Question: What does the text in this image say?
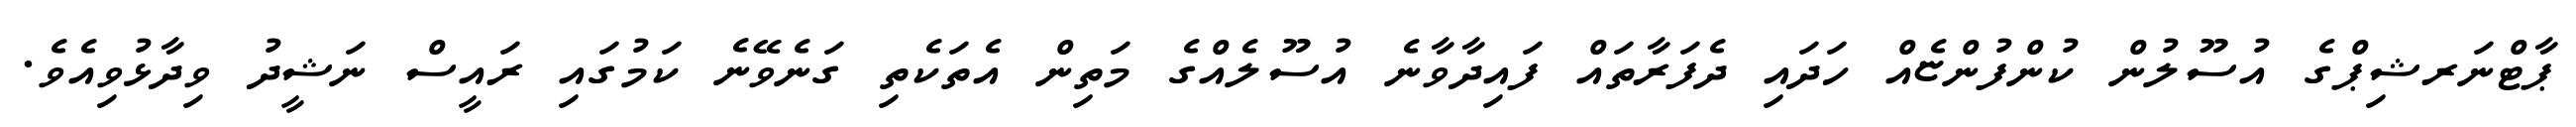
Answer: ޕާޓްނަރޝިޕްގެ އުސޫލުން ކުންފުންޏެއް ހަދައި ދެފަރާތައް ފައިދާވާނެ އުސޫލެއްގެ މަތިން އެތަކެތި ގަނެވޭނެ ކަމުގައި ރައީސް ނަޝީދު ވިދާޅުވިއެވެ.